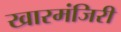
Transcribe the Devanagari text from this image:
खारमंजिरी